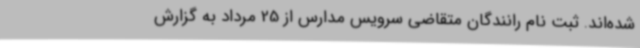
شده‌اند. ثبت نام رانندگان متقاضی سرویس مدارس از 25 مرداد به گزارش